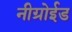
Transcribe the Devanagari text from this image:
नीग्रोईड